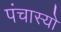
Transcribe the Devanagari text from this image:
पंचास्यो